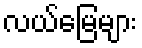
လယ်မြေများ